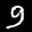
Label: 9